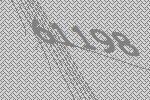
61198